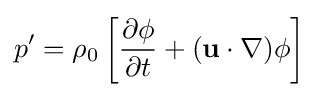
p'=\rho _{0}\left[{\frac {\partial \phi }{\partial t}}+(\mathbf {u} \cdot \nabla )\phi \right]